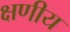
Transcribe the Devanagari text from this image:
क्षणीय